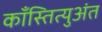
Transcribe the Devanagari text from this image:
काँस्तित्युअंत